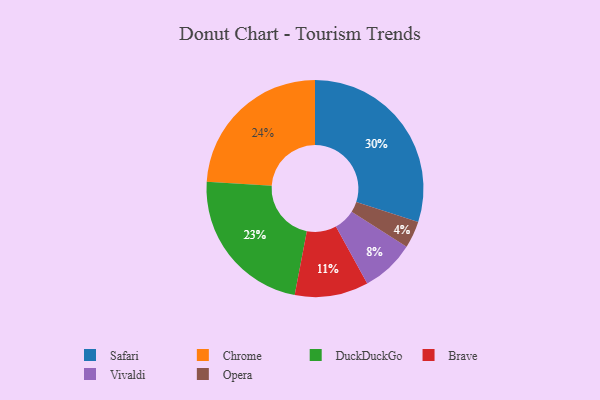
{"axis": {"x": "Category", "y": "Percentage"}, "legend": ["Brave", "Chrome", "DuckDuckGo", "Opera", "Safari", "Vivaldi"], "data": [{"x": "Brave", "y": 11, "type": "Brave"}, {"x": "DuckDuckGo", "y": 23, "type": "DuckDuckGo"}, {"x": "Safari", "y": 30, "type": "Safari"}, {"x": "Vivaldi", "y": 8, "type": "Vivaldi"}, {"x": "Opera", "y": 4, "type": "Opera"}, {"x": "Chrome", "y": 24, "type": "Chrome"}]}